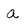
Character: a